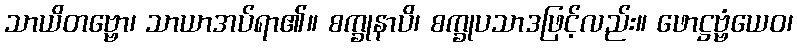
သာယိတဗ္ဗော၊ သာယာအပ်ရာ၏။ စက္ခုနာပိ၊ စက္ခုပသာဒဖြင့်လည်း။ ဖောဋ္ဌဗ္ဗံယေဝ၊